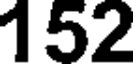
152